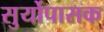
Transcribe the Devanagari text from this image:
सुर्योपासक